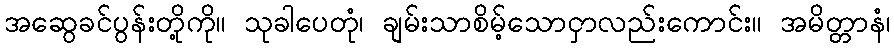
အဆွေခင်ပွန်းတို့ကို။ သုခါပေတုံ၊ ချမ်းသာစိမ့်သောငှာလည်းကောင်း။ အမိတ္တာနံ၊